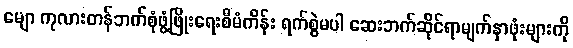
မျော ကုလားတန်ဘက်စုံဖွံ့ဖြိုးရေးစီမံကိန်း ရက်စွဲမပါ ဆေးဘက်ဆိုင်ရာမျက်နှာဖုံးများကို